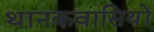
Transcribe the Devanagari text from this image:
थानकवासियों